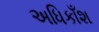
અધિકાઁશ